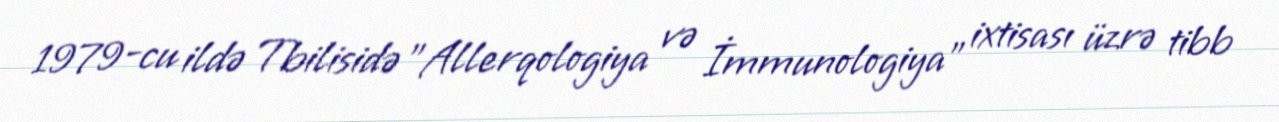
1979-cu ildə Tbilisidə "Allerqologiya və İmmunologiya" ixtisası üzrə tibb